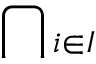
\bigcap { } _ { i \in I }